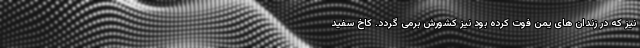
نیز که در زندان های یمن فوت کرده بود نیز کشورش برمی گردد. کاخ سفید